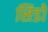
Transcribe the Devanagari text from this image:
सिडो